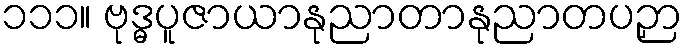
၁၁၁။ ဗုဒ္ဓပူဇာယာနုညာတာနုညာတပဉှာ